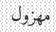
مھزول